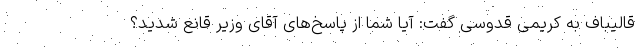
قالیباف به کریمی قدوسی گفت: آیا شما از پاسخ‌های آقای وزیر قانع شدید؟